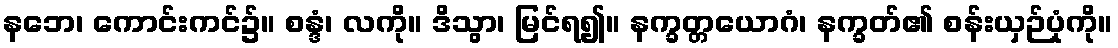
နဘေ၊ ကောင်းကင်၌။ စန္ဒံ၊ လကို။ ဒိသွာ၊ မြင်ရ၍။ နက္ခတ္တယောဂံ၊ နက္ခတ်၏ စန်းယှဉ်ပုံကို။